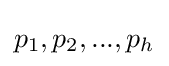
p_{1},p_{2},...,p_{h}